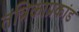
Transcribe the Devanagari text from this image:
तंत्रिकाप्रकांड